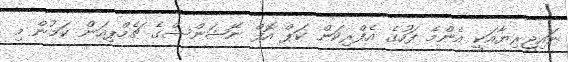
ނައިޖީރިޔާއަކީ އެންމެ ފަހުގެ އެފްރިކަން ކަޕް އޮފް ނޭޝަންސްގެ ޗެމްޕިއަން ކަމުން މި